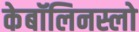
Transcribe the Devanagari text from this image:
केबॉलिनस्लो